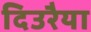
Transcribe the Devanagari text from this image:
दिउरैया